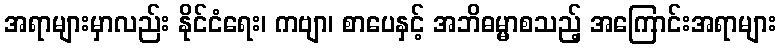
အရာများမှာလည်း နိုင်ငံရေး၊ ကဗျာ၊ စာပေနှင့် အဘိဓမ္မာစသည့် အကြောင်းအရာများ